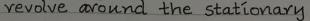
revolve around the stationary